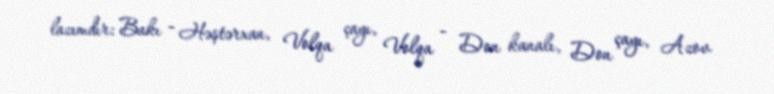
lazımdır: Bakı - Həştərxan, Volqa çayı, Volqa - Don kanalı, Don çayı, Azov